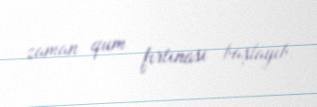
zaman qum fırtınası başlayıb.